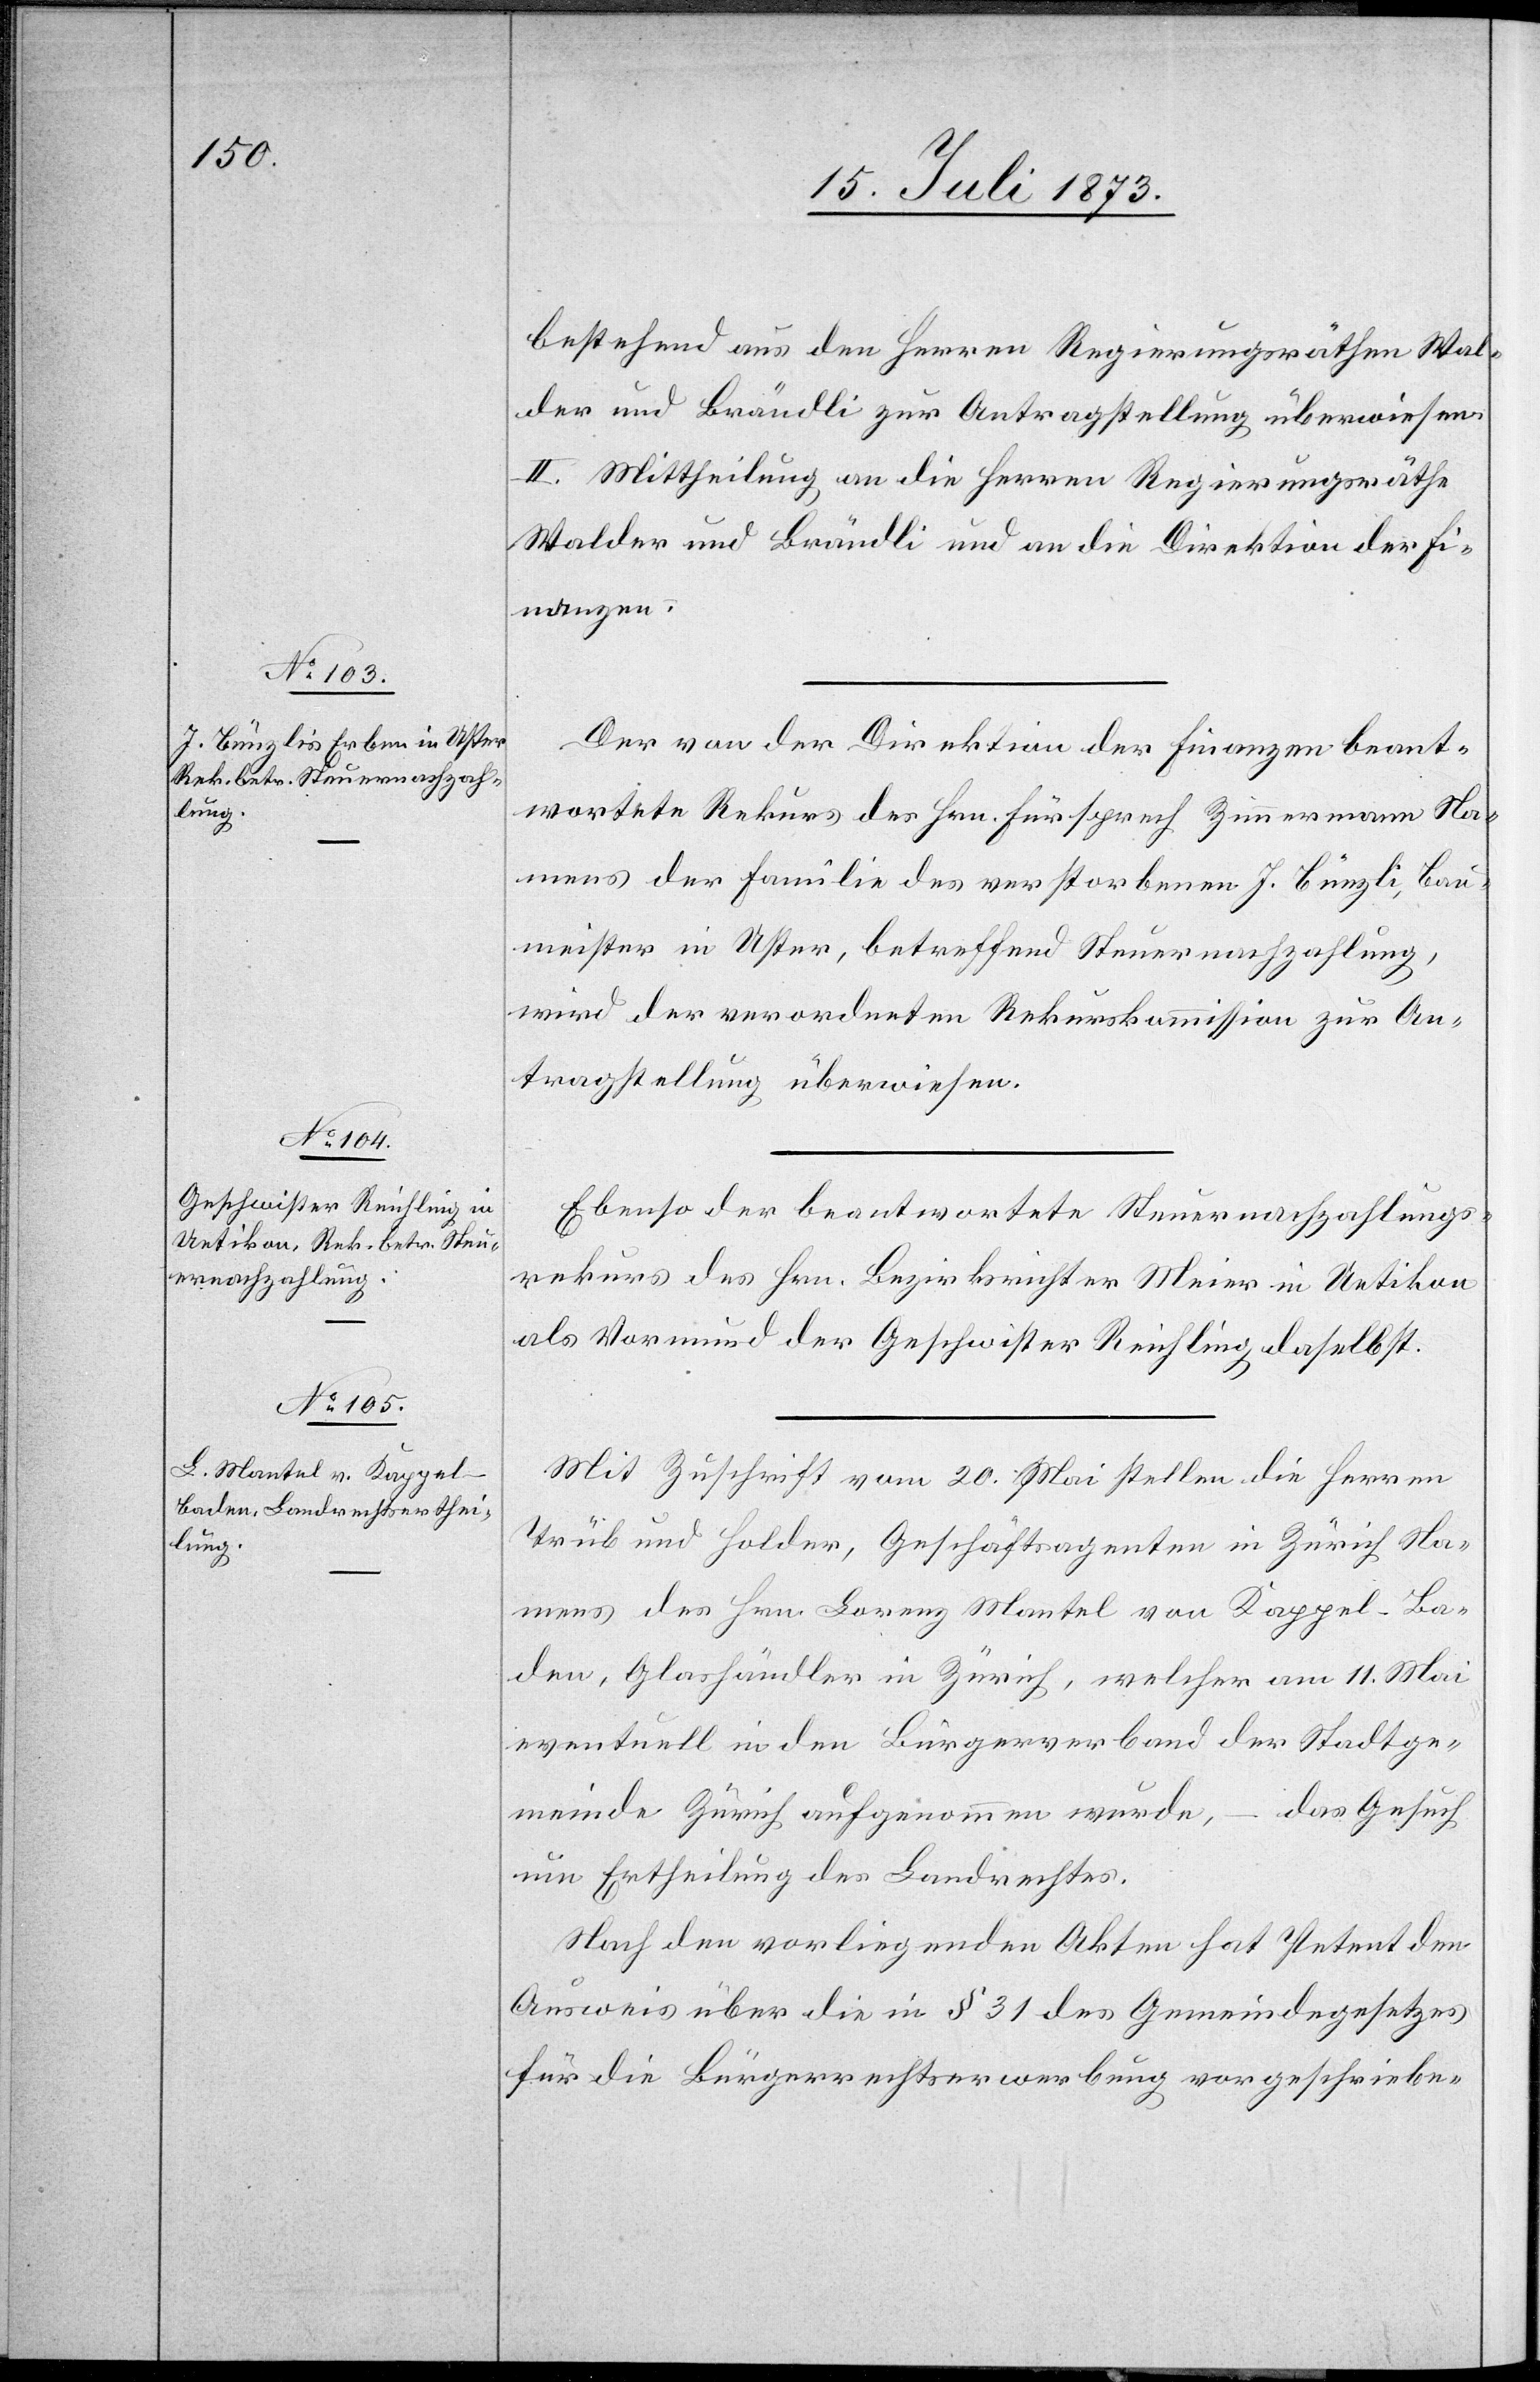
bestehend aus den Herren Regierungsräthen Wal¬
der und Brändli zur Antragstellung überwiesen.
II. Mittheilung an die Herren Regierungsräthe
Walder und Brändli und an die Direktion der Fi¬
nanzen.
Der von der Direktion der Finanzen beant¬
wortete Rekurs des Hrn. Fürsprech Zimmermann Na¬
mens der Familie des verstorbenen J. Bünzli, Bau¬
meister in Uster, betreffend Steuernachzahlung,
wird der verordneten Rekurskommission zur An¬
tragstellung überwiesen.
Ebenso der beantwortete Steuernachzahlungs¬
rekurs des Hrn. Bezirksrichter Meier in Uetikon
als Vormund der Geschwister Reichling daselbst.
Mit Zuschrift vom 20. Mai stellen die Herren
Trüb und Holder, Geschäftsagenten in Zürich Na¬
mens des Hrn. Lorenz Mantel von Kappel-Ba¬
den, Glashändler in Zürich, welcher am 11. Mai
eventuell in den Bürgerverband der Stadtge¬
meinde Zürich aufgenommen wurde, – das Gesuch
um Ertheilung des Landrechtes.
Nach den vorliegenden Akten hat Petent den
Ausweis über die in § 31 des Gemeindegesetzes
für die Bürgerrechtserwerbung vorgeschriebe-